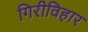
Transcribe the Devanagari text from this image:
गिरीविहार